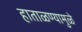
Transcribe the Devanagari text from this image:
हाताळण्यामुळे